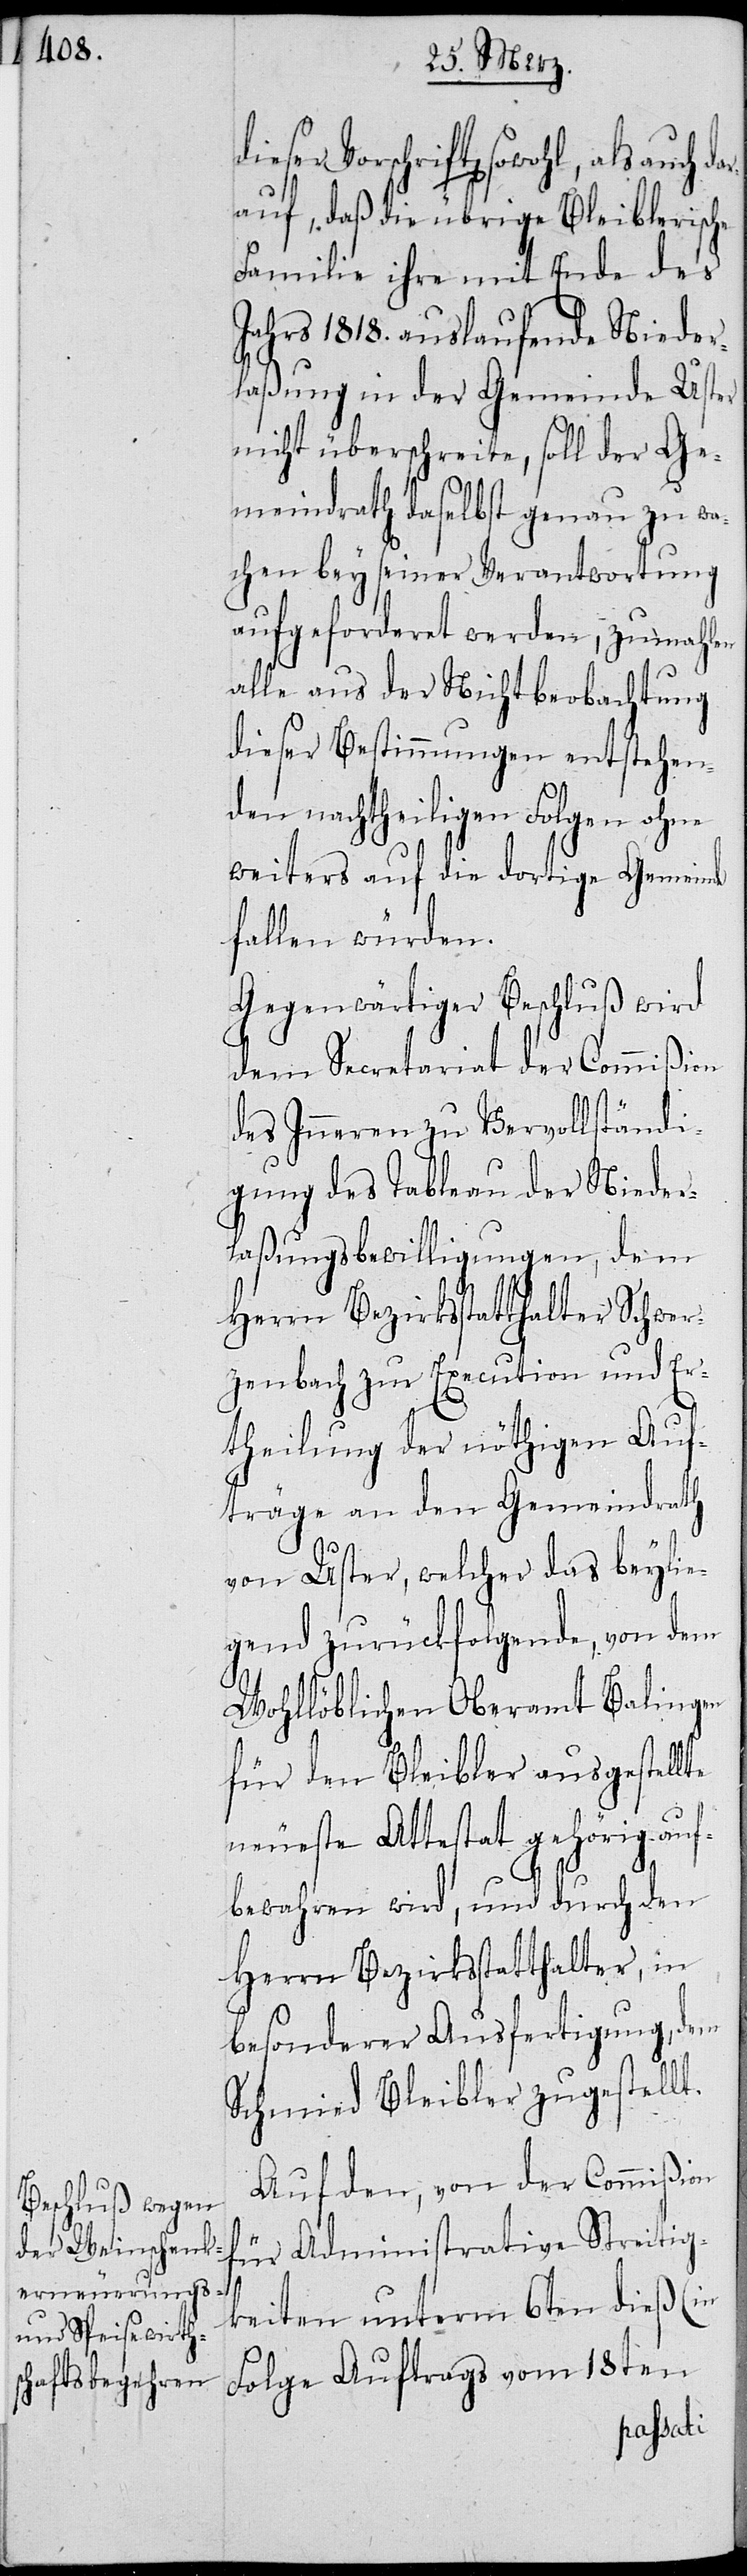
dieser Vorschrift sowohl, als
auf, daß die übrige Bleiblerische
Familie ihre mit Ende des
Jahres 1818. auslaufende Nieder¬
laßung in der Gemeinde Uster
nicht überschreite, soll der Ge¬
meindrath selbst genau zu wa¬
chen bey seiner Verantwortung
aufgeforderet werden, zumahlen
alle aus der Nichtbeobachtung
dieser Bestimmungen entstehen¬
den nachtheiligen Folgen ohne
weiteres auf die dortige Gemeinde
fallen würden.
Gegenwärtiger Beschluß wird
dem Secretariat der Commißion
des Inneren zu Vervollständi¬
gung des Tableau der Nieder¬
laßungsbewilligungen, dem
Herrn Bezirksstatthalter Schwer¬
zenbach zur Execution und Er¬
theilung der nöthigen Auf¬
träge an den Gemeindrath
von Uster, welcher das beylie¬
gend zurückfolgende, von dem
Wohllöblichen Oberamt Balingen
für den Bleibler ausgestellte
neueste Attestat gehörig auf¬
bewahren wird, und durch den
Herrn Bezirksstatthalter, in
besonderer Ausfertigung, dem
Schmied Bleibler zugestellt.
Auf den, von der Commißion
für Administrative Streitig¬
keiten unterm 6ten dieß (in
Folge Auftrags vom 18ten
auch dar¬